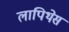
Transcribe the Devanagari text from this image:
लापिथेस